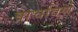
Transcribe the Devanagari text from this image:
वाचविणे